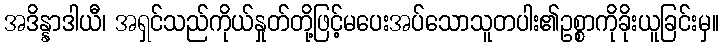
အဒိန္နာဒါယီ၊ အရှင်သည်ကိုယ်နှုတ်တို့ဖြင့်မပေးအပ်သောသူတပါး၏ဥစ္စာကိုခိုးယူခြင်းမှ။